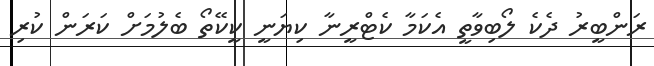
ރަންބީރު ދެކެ ލޯބިވާތީ އެކަމާ ކެޓްރީނާ ކިޔަނީ ކީކޭތޯ ބެލުމަށް ކަރަން ކުރި